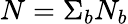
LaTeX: N=\Sigma_{b}N_{b}